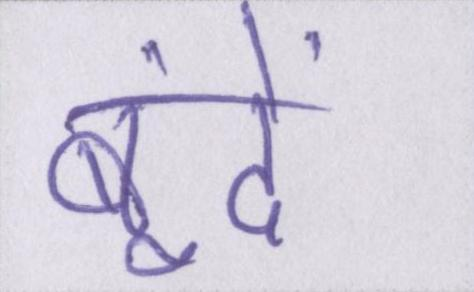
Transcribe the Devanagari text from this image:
बूंदें